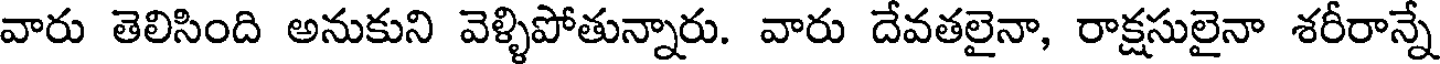
వారు తెలిసింది అనుకుని వెళ్ళిపోతున్నారు. వారు దేవతలైనా, రాక్షసులైనా శరీరాన్నే